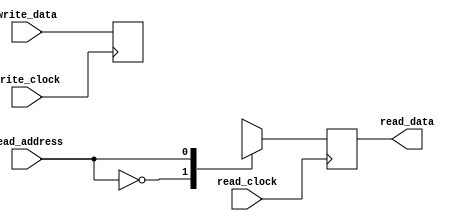
module dual_port_register (
    input wire write_clock,
    input wire read_clock,
    input wire write_data,
    input wire read_address,
    output reg read_data
);

reg [7:0] register [0:1];

always @(posedge write_clock) begin
    register[0] <= write_data;
end

always @(posedge read_clock) begin
    read_data <= register[read_address];
end

endmodule